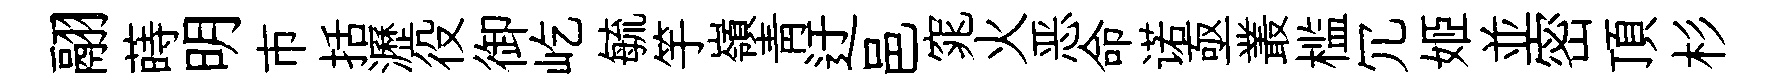
翮蒔明市括瀝役御屹毓竽嶺青迂邑窕火恶命诺亟叢槛冗姬並密頂杉